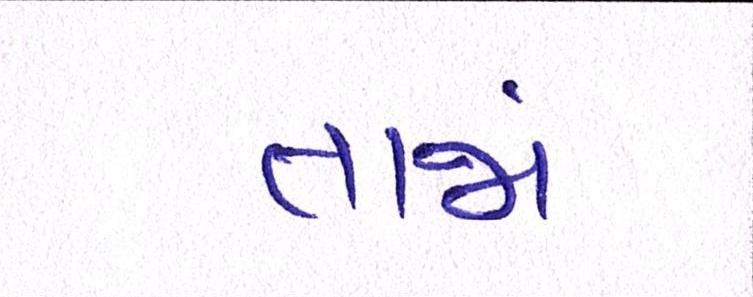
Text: તાજાં